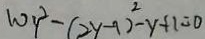
1 0 y ^ { 2 } - ( 2 y - 1 ) ^ { 2 } - y + 1 = 0